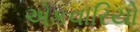
એકવારિયો